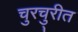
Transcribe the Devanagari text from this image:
चुरचु्रीत